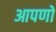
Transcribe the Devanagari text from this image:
आपणो